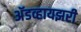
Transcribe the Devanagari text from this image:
अॅडव्हायझरी